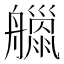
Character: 𦪴